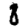
Digit: 8